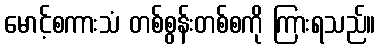
မောင့်စကားသံ တစ်စွန်းတစ်စကို ကြားရသည်။